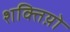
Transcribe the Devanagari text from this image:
शक्तिय़ो